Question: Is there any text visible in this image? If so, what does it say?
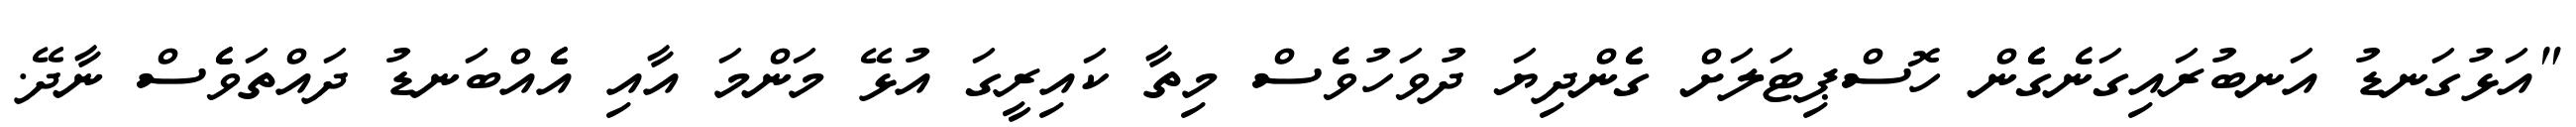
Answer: "އަޅުގަނޑު އަނބުރައިގަނެގެެން ހޮސްޕިޓަލަށް ގެެންދިޔަ ދުވަހުވެސް މިތާ ކައިރީގަ އުޅޭ މަންމަ އާއި އެެއްބަނޑު ދައްތަވެެސް ނާދޭ.